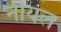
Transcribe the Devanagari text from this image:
नीयल